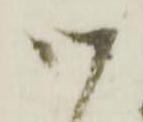
御